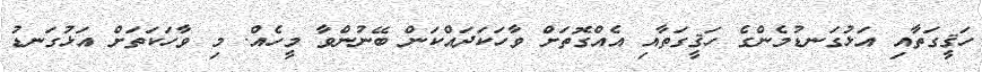
ހަޤީގަތާއި އަޅުގަނޑުމެންގެ ހަޤީގަތާއި އެއްގޮތަށް ވާހަކަދައްކަން ބޭނުންވާ މީހެއް. މި ވާހަކަތަށް އަޅުގަނޑު